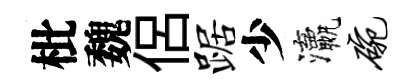
枇魏侶踞少瀛碗